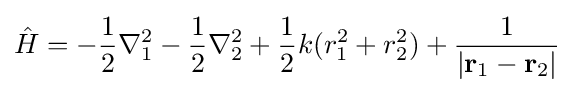
{\hat {H}}=-{\frac {1}{2}}\nabla _{1}^{2}-{\frac {1}{2}}\nabla _{2}^{2}+{\frac {1}{2}}k(r_{1}^{2}+r_{2}^{2})+{\frac {1}{|\mathbf {r} _{1}-\mathbf {r} _{2}|}}